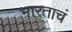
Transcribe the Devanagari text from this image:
भारताचं